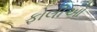
ફોલીઓ